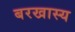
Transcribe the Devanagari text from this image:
बरखास्य